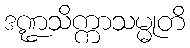
ဒဏ္ဍသိက္ကာသမ္မုတိ